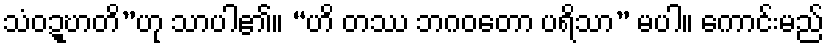
သံဝဍ္ဎာတိ”ဟု သာပါ၏။ “ဟိ တဿ ဘဂဝတော ပရိသာ” မပါ။ ကောင်းမည်